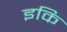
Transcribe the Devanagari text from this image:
इकि